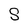
Character: S